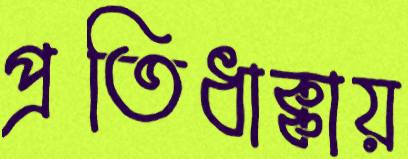
প্রতিধাক্কায়